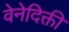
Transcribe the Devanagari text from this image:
वेनेदिक्ती